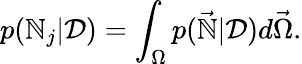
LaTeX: p(\mathbb{N}_{j}|\mathcal{D})=\int_{\Omega}p(\vec{{\mathbb{N}}}|\mathcal{D})d\vec{{\Omega}}.